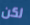
لكن